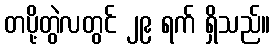
တပို့တွဲလတွင် ၂၉ ရက် ရှိသည်။